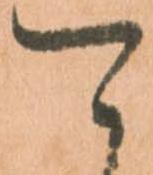
可